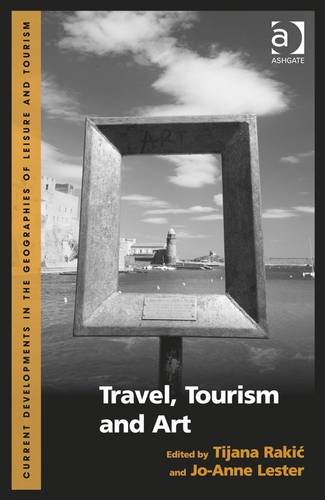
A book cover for Travel, Tourism and Art (Current Developments in the Geographies of Leisure and Tourism); Business & Money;